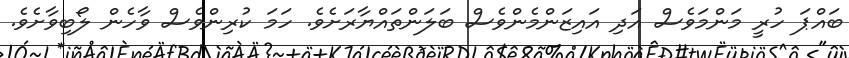
ބައްޕަ ހުރީ މަންމަވެސް އަދި އައިޒަންމެންވެސް ބަލަންތައްޔާރަށެވެ. ހަމަ ކުރިންވެސް ވާހެން ލޯބިވާށެވެ.